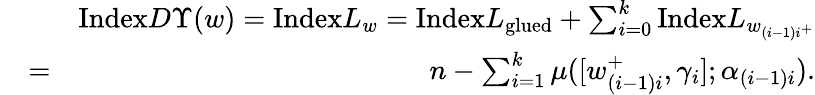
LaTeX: \begin{array}{rlr}&{}&{\mathrm{Index}D\Upsilon(w)=\mathrm{Index}L_{w}=\mathrm{Index}L_{\mathrm{glued}}+\sum_{i=0}^{k}\mathrm{Index}L_{w_{(i-1)i^{+}}}}\\ &{=}&{n-\sum_{i=1}^{k}\mu([w_{(i-1)i}^{+},\gamma_{i}];\alpha_{(i-1)i}).}\end{array}